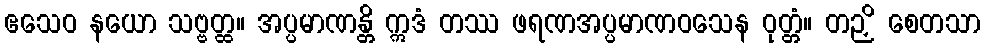
ဧသေဝ နယော သဗ္ဗတ္ထ။ အပ္ပမာဏန္တိ ဣဒံ တဿ ဖရဏအပ္ပမာဏဝသေန ဝုတ္တံ။ တဉှိ စေတသာ